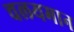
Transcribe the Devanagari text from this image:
चलयमान